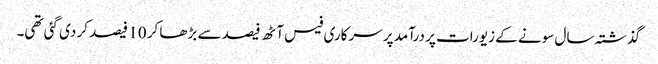
گذشتہ سال سونے کے زیورات پر درآمد پر سرکاری فیس آٹھ فیصد سے بڑھا کر 10 فیصد کر دی گئی تھی۔